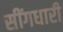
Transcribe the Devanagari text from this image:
सींगधारी